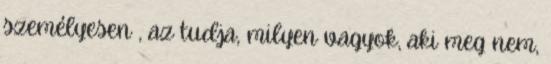
személyesen , az tudja, milyen vagyok, aki meg nem,